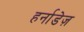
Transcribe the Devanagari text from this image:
हर्नाडेज़